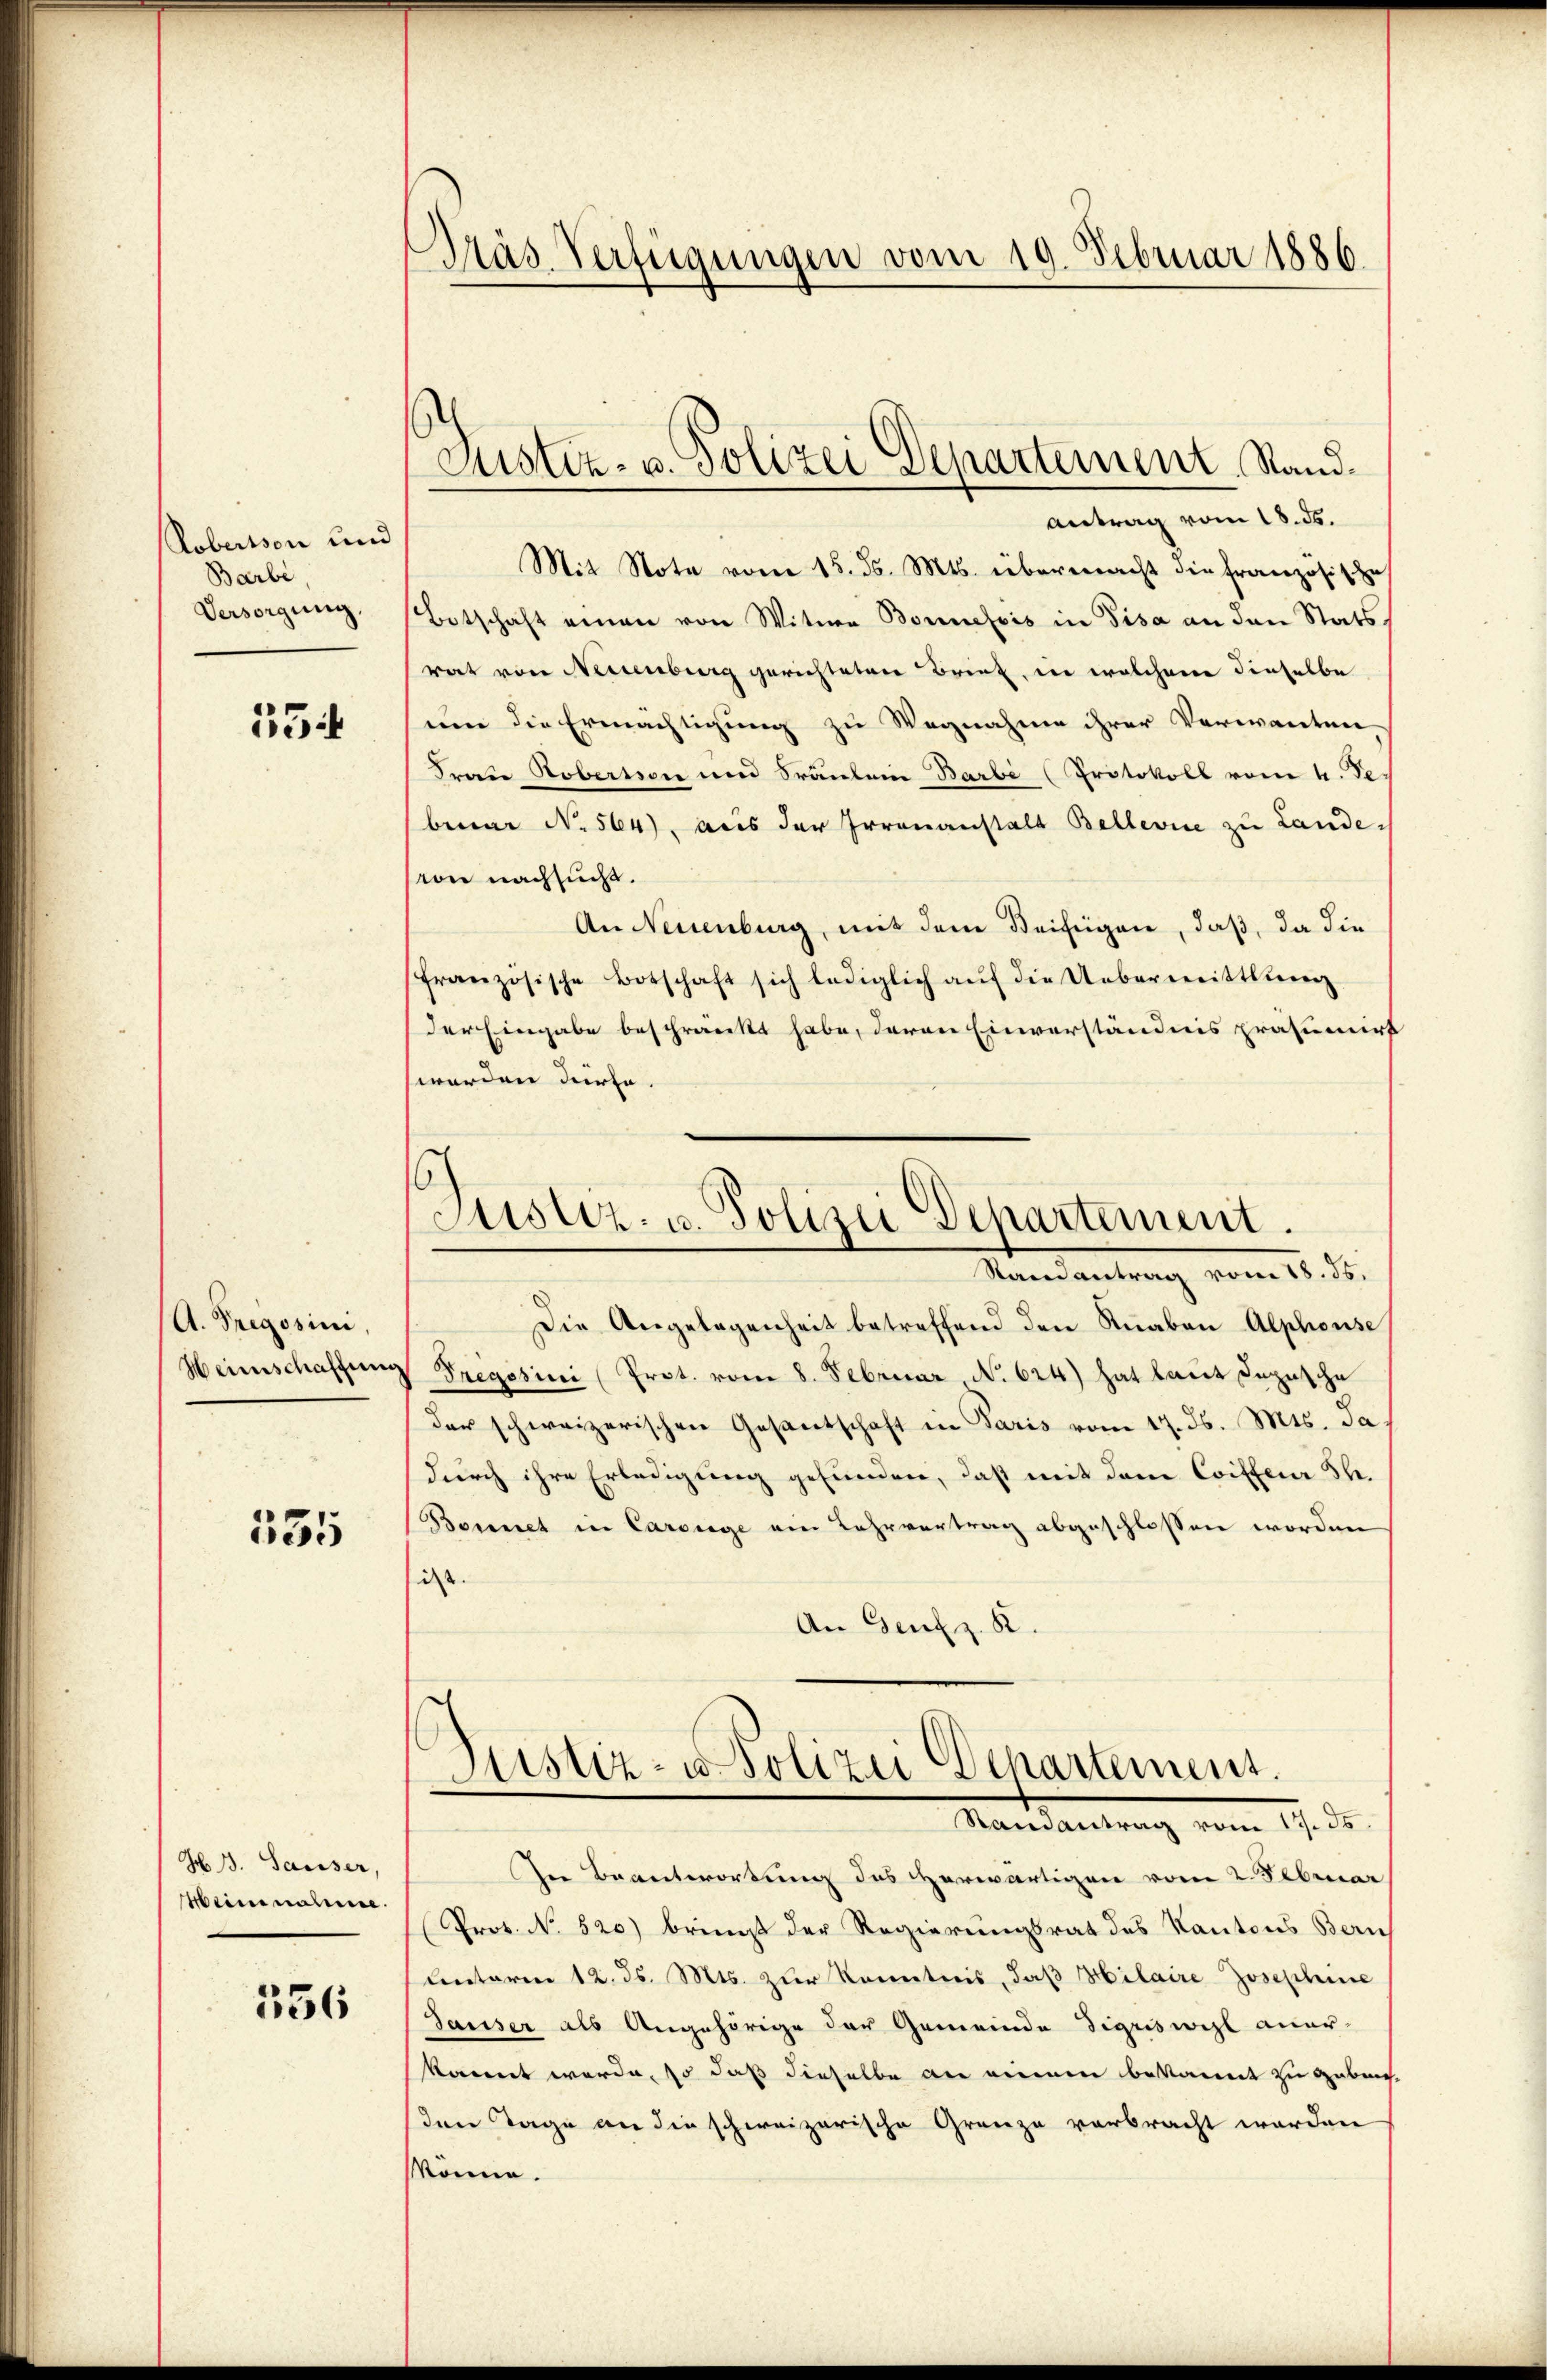
Robersson und
Barbe
Versorgung.

354

A. Pregosini,
Weinschaffung

535

G. B. Sauser,
Weine nahme.

336

Präs. Verfügungen vom 19. Februar 1886

Justiz- u. Polizei Departement Stand.

Antrag vom 18. ds.
Mit Note vom 15. ds. Mts. übermacht die Französische
Botschaft einen von Witwe Bonnefois in Pisa an den Stats
rat von Neuenburg gerichteten Brief, in welchem dieselbe
umm die Ermächtigung zu Wegnahme ihrer Verwanten
Frau Robersion und Sräulein Barbe (Protokoll vom 4. Se
benar No. 564), aus der Irrenanstalt Bellevue zu Landevon nachsucht.
An Neuenburg, mit dem Beifügen, daß, da die
französische Botschaft sich lediglich aŭf die Ueberweittlung
der Eingabe beschränkt habe, deren Einverständnis präsumirt
worden dürfe.
Die Angelegenheit betreffend den Knaben Alphonse
Tregssini (Prot. vom 8. Februar No 624) hat laut dazusche
der schweizerischen Gesantschaft in Paris vom 17. ds. Mts. Ja
durch ihre Erledigung gefunden, daß mit dem Coiffeur St.
Bonnet in Carouge am Lehrvertrag abgeschlossen worden
ist.
An Genfz. R.
Justiz- u. Polizei Departement.
Mandartung vom 17. ds.
In Beantwortung des herwärtigen vom 2. Februar
Prot. No. 520) bringt der Regierungsrat des Kantons Bern
Unterm 12. ds. Mts. zur Kenntnis, daß Hilaire Josephine
Sauser als Angehörige der Gemeinde digriswil aner-
kannt werde, so daß dieselbe an eine bekannt zu geben.
den Tage an die schweizerische Grenze verbracht worden
Mönne.

Justiz- u. Polizei Departement.
Mandantrag vom 18. d.